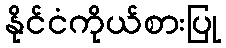
နိုင်ငံကိုယ်စားပြု